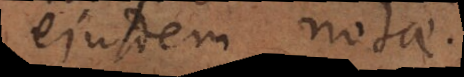
ejusdem notae.